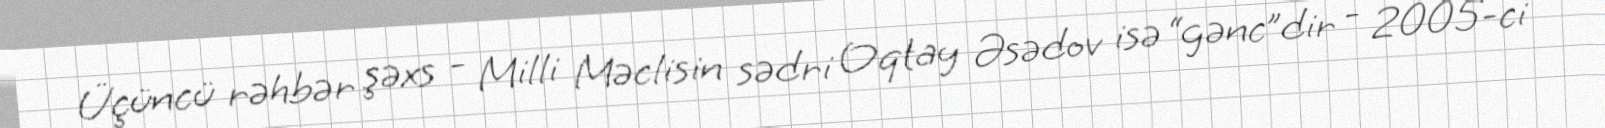
Üçüncü rəhbər şəxs - Milli Məclisin sədri Oqtay Əsədov isə “gənc”dir - 2005-ci